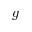
g